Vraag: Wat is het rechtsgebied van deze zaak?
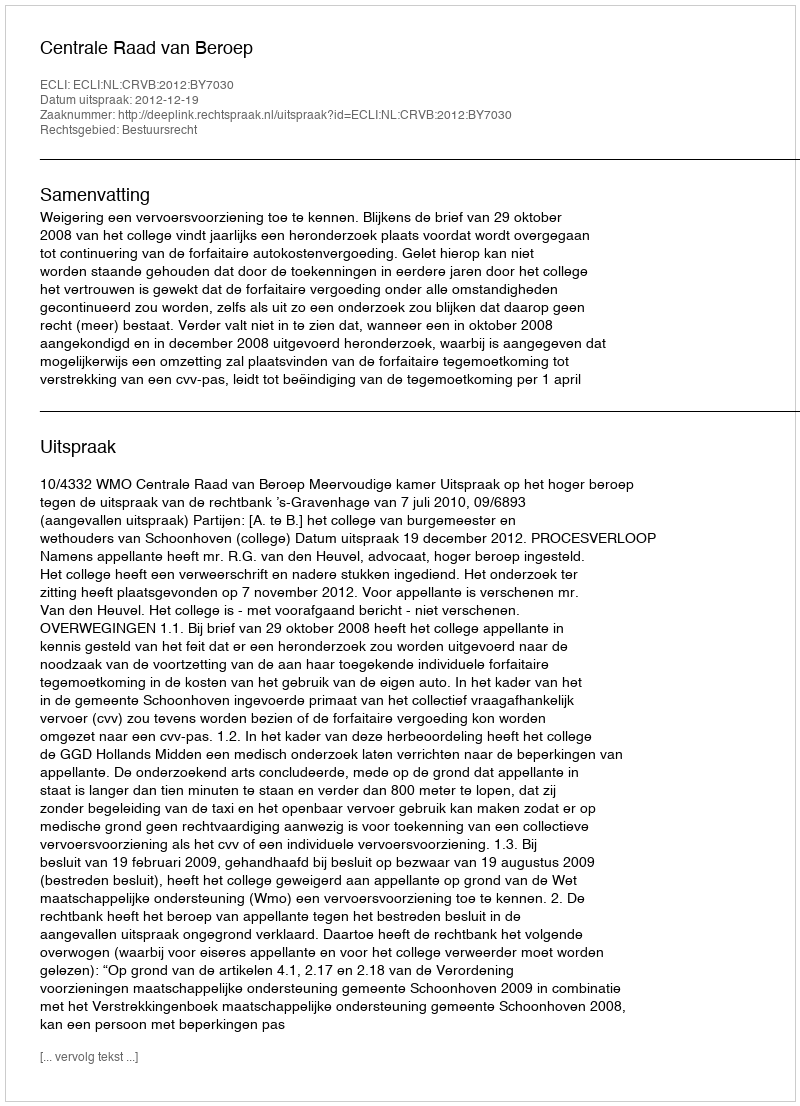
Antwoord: Bestuursrecht